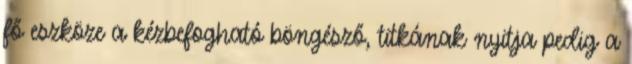
fő eszköze a kézbefogható böngésző, titkának nyitja pedig a